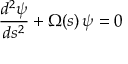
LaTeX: { \frac { d ^ { 2 } \psi } { d s ^ { 2 } } } + \Omega ( s ) \, \psi = 0